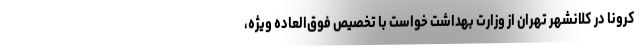
کرونا در کلانشهر تهران از وزارت بهداشت خواست با تخصیص فوق‌العاده ویژه،